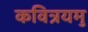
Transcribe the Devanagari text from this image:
कवित्रयमु